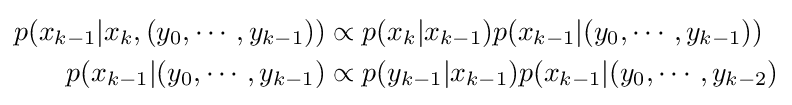
{\begin{aligned}p(x_{k-1}|x_{k},(y_{0},\cdots ,y_{k-1}))&\propto p(x_{k}|x_{k-1})p(x_{k-1}|(y_{0},\cdots ,y_{k-1}))\\p(x_{k-1}|(y_{0},\cdots ,y_{k-1})&\propto p(y_{k-1}|x_{k-1})p(x_{k-1}|(y_{0},\cdots ,y_{k-2})\end{aligned}}